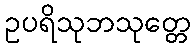
ဥပရိသုဘသုတ္တေ